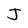
Character: J